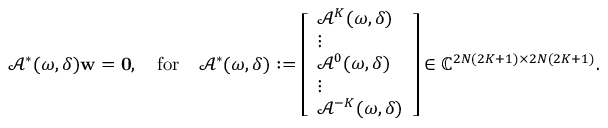
\begin{array} { r } { \mathcal { A } ^ { * } ( \omega , \delta ) \mathbf { w } = \mathbf { 0 } , \quad \mathrm { f o r } \quad \mathcal { A } ^ { * } ( \omega , \delta ) : = \left[ \begin{array} { l } { \mathcal { A } ^ { K } ( \omega , \delta ) } \\ { \vdots } \\ { \mathcal { A } ^ { 0 } ( \omega , \delta ) } \\ { \vdots } \\ { \mathcal { A } ^ { - K } ( \omega , \delta ) } \end{array} \right] \in \mathbb { C } ^ { 2 N ( 2 K + 1 ) \times 2 N ( 2 K + 1 ) } . } \end{array}